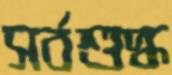
সর্বশুদ্ধ